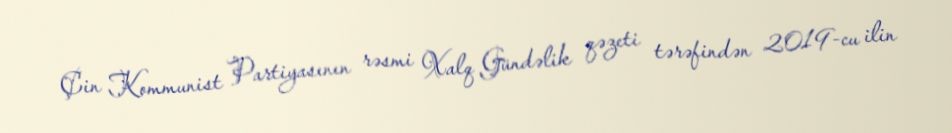
Çin Kommunist Partiyasının rəsmi Xalq Gündəlik qəzeti tərəfindən 2019-cu ilin